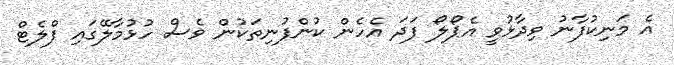
އެ މަނިކުފާނު ވިދާޅުވީ އެޕޯލޯ ފަދަ އެހެން ކުންފުނިތަކުން ވެސް ހުޅުމާލޭގައި ފްލެޓް